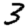
Digit: 3